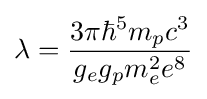
\lambda ={\frac {3\pi \hbar ^{5}m_{p}c^{3}}{g_{e}g_{p}m_{e}^{2}e^{8}}}